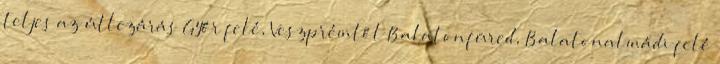
teljes az útlezárás Győr felé, Veszprémtől Balatonfüred, Balatonalmádi felé